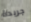
جريدة